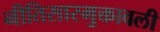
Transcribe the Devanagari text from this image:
नीतिसारमुक्तावली